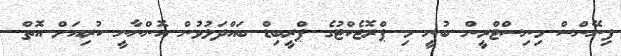
ފިނޭންސް މިނިސްޓްރީން ބުނީ މި ޕްރޮޖެކްޓުގެ ޕްރީބިޑް ބައްދަލުވުން އޮންނާނީ ކުރިއަށް އޮތް